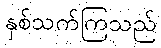
နှစ်သက်ကြသည်